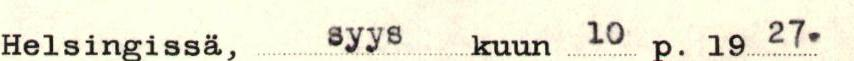
Helsingissä, syyskuun 10 p. 1929.